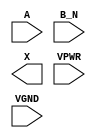
module sky130_fd_sc_hs__or2b (
    //# {{data|Data Signals}}
    input  A   ,
    input  B_N ,
    output X   ,

    //# {{power|Power}}
    input  VPWR,
    input  VGND
);
endmodule